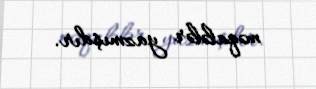
məqalələr yazmışdır.